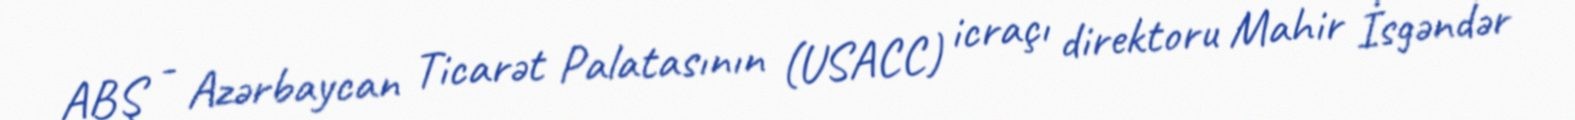
ABŞ - Azərbaycan Ticarət Palatasının (USACC) icraçı direktoru Mahir İsgəndər